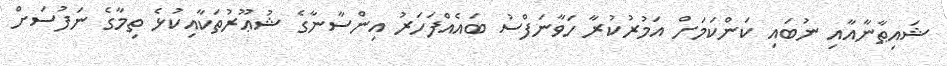
ޝައިޠާނާއާއި ނުބައި ކަންކަމަށް އަމުރުކުރާ ހަވާނަފްސު ބައެއްފަހަރު އިންސާނާގެ ޝުޢޫރުތަކާއިކުޅެ ތިމާގެ ނަފުސަށް